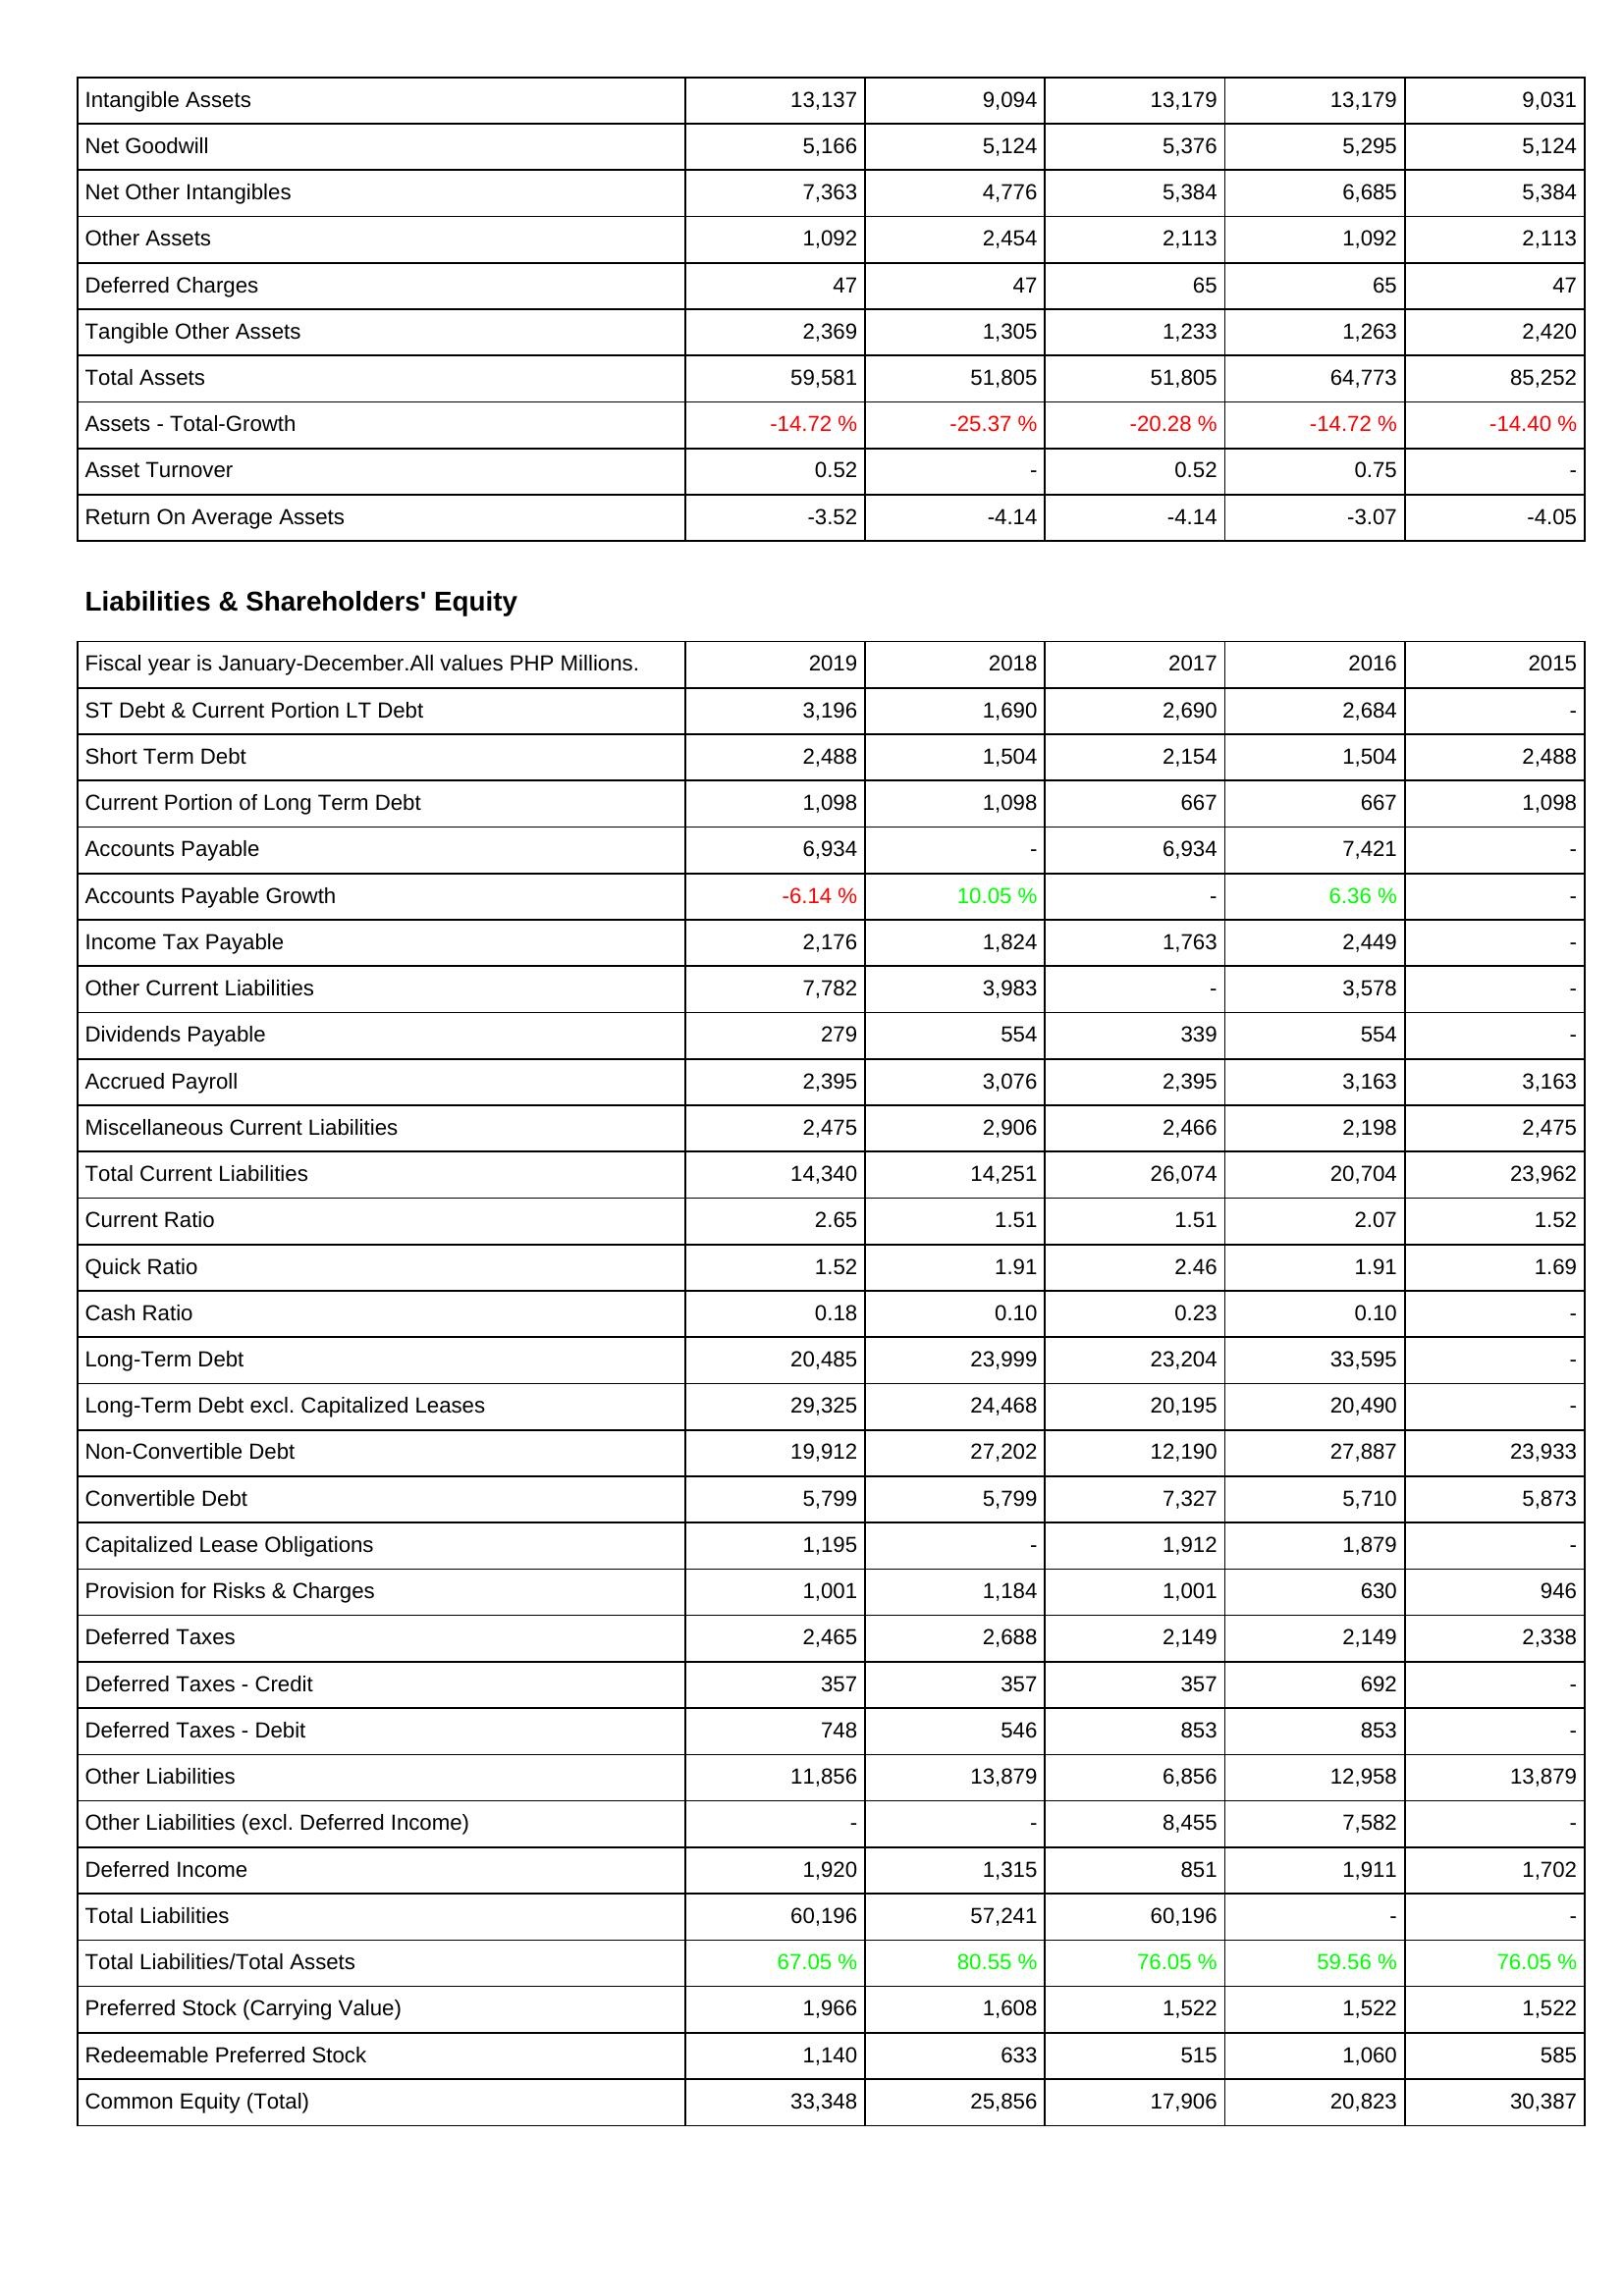
2019: Assets: Intangible Assets: 13,137
Net Goodwill: 5,166
Net Other Intangibles: 7,363
Other Assets: 1,092
Deferred Charges: 47
Tangible Other Assets: 2,369
Total Assets: 59,581
Assets - Total-Growth: -14.72 %
Asset Turnover: 0.52
Return On Average Assets: -3.52
Liabilities & Shareholders' Equity: ST Debt & Current Portion LT Debt: 3,196
Short Term Debt: 2,488
Current Portion of Long Term Debt: 1,098
Accounts Payable: 6,934
Accounts Payable Growth: -6.14 %
Income Tax Payable: 2,176
Other Current Liabilities: 7,782
Dividends Payable: 279
Accrued Payroll: 2,395
Miscellaneous Current Liabilities: 2,475
Total Current Liabilities: 14,340
Current Ratio: 2.65
Quick Ratio: 1.52
Cash Ratio: 0.18
Long-Term Debt: 20,485
Long-Term Debt excl. Capitalized Leases: 29,325
Non-Convertible Debt: 19,912
Convertible Debt: 5,799
Capitalized Lease Obligations: 1,195
Provision for Risks & Charges: 1,001
Deferred Taxes: 2,465
Deferred Taxes - Credit: 357
Deferred Taxes - Debit: 748
Other Liabilities: 11,856
Other Liabilities (excl. Deferred Income): -
Deferred Income: 1,920
Total Liabilities: 60,196
Total Liabilities/Total Assets: 67.05 %
Preferred Stock (Carrying Value): 1,966
Redeemable Preferred Stock: 1,140
Common Equity (Total): 33,348
2018: Assets: Intangible Assets: 9,094
Net Goodwill: 5,124
Net Other Intangibles: 4,776
Other Assets: 2,454
Deferred Charges: 47
Tangible Other Assets: 1,305
Total Assets: 51,805
Assets - Total-Growth: -25.37 %
Asset Turnover: -
Return On Average Assets: -4.14
Liabilities & Shareholders' Equity: ST Debt & Current Portion LT Debt: 1,690
Short Term Debt: 1,504
Current Portion of Long Term Debt: 1,098
Accounts Payable: -
Accounts Payable Growth: 10.05 %
Income Tax Payable: 1,824
Other Current Liabilities: 3,983
Dividends Payable: 554
Accrued Payroll: 3,076
Miscellaneous Current Liabilities: 2,906
Total Current Liabilities: 14,251
Current Ratio: 1.51
Quick Ratio: 1.91
Cash Ratio: 0.10
Long-Term Debt: 23,999
Long-Term Debt excl. Capitalized Leases: 24,468
Non-Convertible Debt: 27,202
Convertible Debt: 5,799
Capitalized Lease Obligations: -
Provision for Risks & Charges: 1,184
Deferred Taxes: 2,688
Deferred Taxes - Credit: 357
Deferred Taxes - Debit: 546
Other Liabilities: 13,879
Other Liabilities (excl. Deferred Income): -
Deferred Income: 1,315
Total Liabilities: 57,241
Total Liabilities/Total Assets: 80.55 %
Preferred Stock (Carrying Value): 1,608
Redeemable Preferred Stock: 633
Common Equity (Total): 25,856
2017: Assets: Intangible Assets: 13,179
Net Goodwill: 5,376
Net Other Intangibles: 5,384
Other Assets: 2,113
Deferred Charges: 65
Tangible Other Assets: 1,233
Total Assets: 51,805
Assets - Total-Growth: -20.28 %
Asset Turnover: 0.52
Return On Average Assets: -4.14
Liabilities & Shareholders' Equity: ST Debt & Current Portion LT Debt: 2,690
Short Term Debt: 2,154
Current Portion of Long Term Debt: 667
Accounts Payable: 6,934
Accounts Payable Growth: -
Income Tax Payable: 1,763
Other Current Liabilities: -
Dividends Payable: 339
Accrued Payroll: 2,395
Miscellaneous Current Liabilities: 2,466
Total Current Liabilities: 26,074
Current Ratio: 1.51
Quick Ratio: 2.46
Cash Ratio: 0.23
Long-Term Debt: 23,204
Long-Term Debt excl. Capitalized Leases: 20,195
Non-Convertible Debt: 12,190
Convertible Debt: 7,327
Capitalized Lease Obligations: 1,912
Provision for Risks & Charges: 1,001
Deferred Taxes: 2,149
Deferred Taxes - Credit: 357
Deferred Taxes - Debit: 853
Other Liabilities: 6,856
Other Liabilities (excl. Deferred Income): 8,455
Deferred Income: 851
Total Liabilities: 60,196
Total Liabilities/Total Assets: 76.05 %
Preferred Stock (Carrying Value): 1,522
Redeemable Preferred Stock: 515
Common Equity (Total): 17,906
2016: Assets: Intangible Assets: 13,179
Net Goodwill: 5,295
Net Other Intangibles: 6,685
Other Assets: 1,092
Deferred Charges: 65
Tangible Other Assets: 1,263
Total Assets: 64,773
Assets - Total-Growth: -14.72 %
Asset Turnover: 0.75
Return On Average Assets: -3.07
Liabilities & Shareholders' Equity: ST Debt & Current Portion LT Debt: 2,684
Short Term Debt: 1,504
Current Portion of Long Term Debt: 667
Accounts Payable: 7,421
Accounts Payable Growth: 6.36 %
Income Tax Payable: 2,449
Other Current Liabilities: 3,578
Dividends Payable: 554
Accrued Payroll: 3,163
Miscellaneous Current Liabilities: 2,198
Total Current Liabilities: 20,704
Current Ratio: 2.07
Quick Ratio: 1.91
Cash Ratio: 0.10
Long-Term Debt: 33,595
Long-Term Debt excl. Capitalized Leases: 20,490
Non-Convertible Debt: 27,887
Convertible Debt: 5,710
Capitalized Lease Obligations: 1,879
Provision for Risks & Charges: 630
Deferred Taxes: 2,149
Deferred Taxes - Credit: 692
Deferred Taxes - Debit: 853
Other Liabilities: 12,958
Other Liabilities (excl. Deferred Income): 7,582
Deferred Income: 1,911
Total Liabilities: -
Total Liabilities/Total Assets: 59.56 %
Preferred Stock (Carrying Value): 1,522
Redeemable Preferred Stock: 1,060
Common Equity (Total): 20,823
2015: Assets: Intangible Assets: 9,031
Net Goodwill: 5,124
Net Other Intangibles: 5,384
Other Assets: 2,113
Deferred Charges: 47
Tangible Other Assets: 2,420
Total Assets: 85,252
Assets - Total-Growth: -14.40 %
Asset Turnover: -
Return On Average Assets: -4.05
Liabilities & Shareholders' Equity: ST Debt & Current Portion LT Debt: -
Short Term Debt: 2,488
Current Portion of Long Term Debt: 1,098
Accounts Payable: -
Accounts Payable Growth: -
Income Tax Payable: -
Other Current Liabilities: -
Dividends Payable: -
Accrued Payroll: 3,163
Miscellaneous Current Liabilities: 2,475
Total Current Liabilities: 23,962
Current Ratio: 1.52
Quick Ratio: 1.69
Cash Ratio: -
Long-Term Debt: -
Long-Term Debt excl. Capitalized Leases: -
Non-Convertible Debt: 23,933
Convertible Debt: 5,873
Capitalized Lease Obligations: -
Provision for Risks & Charges: 946
Deferred Taxes: 2,338
Deferred Taxes - Credit: -
Deferred Taxes - Debit: -
Other Liabilities: 13,879
Other Liabilities (excl. Deferred Income): -
Deferred Income: 1,702
Total Liabilities: -
Total Liabilities/Total Assets: 76.05 %
Preferred Stock (Carrying Value): 1,522
Redeemable Preferred Stock: 585
Common Equity (Total): 30,387